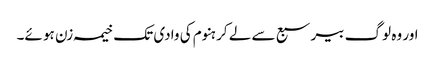
اور وہ لوگ بیر سبع سے لے کر ہنوم کی وادی تک خیمہ زن ہو ئے۔